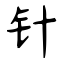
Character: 针